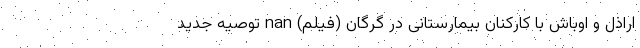
اراذل و اوباش با کارکنان بیمارستانی در گرگان (فیلم) nan توصیه‌ جدید